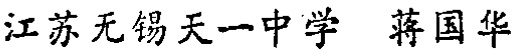
江苏无锡天一中学 蒋国华